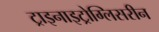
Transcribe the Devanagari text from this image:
ट्राइनाइट्रोग्लिसरीन